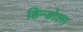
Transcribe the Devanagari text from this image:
हिन्डोला